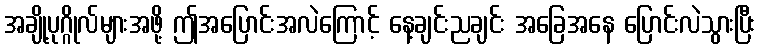
အချို့ပုဂ္ဂိုလ်များအဖို့ ဤအပြောင်းအလဲကြောင့် နေ့ချင်းညချင်း အခြေအနေ ပြောင်းလဲသွားပြီး